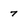
Character: 7